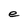
Character: e